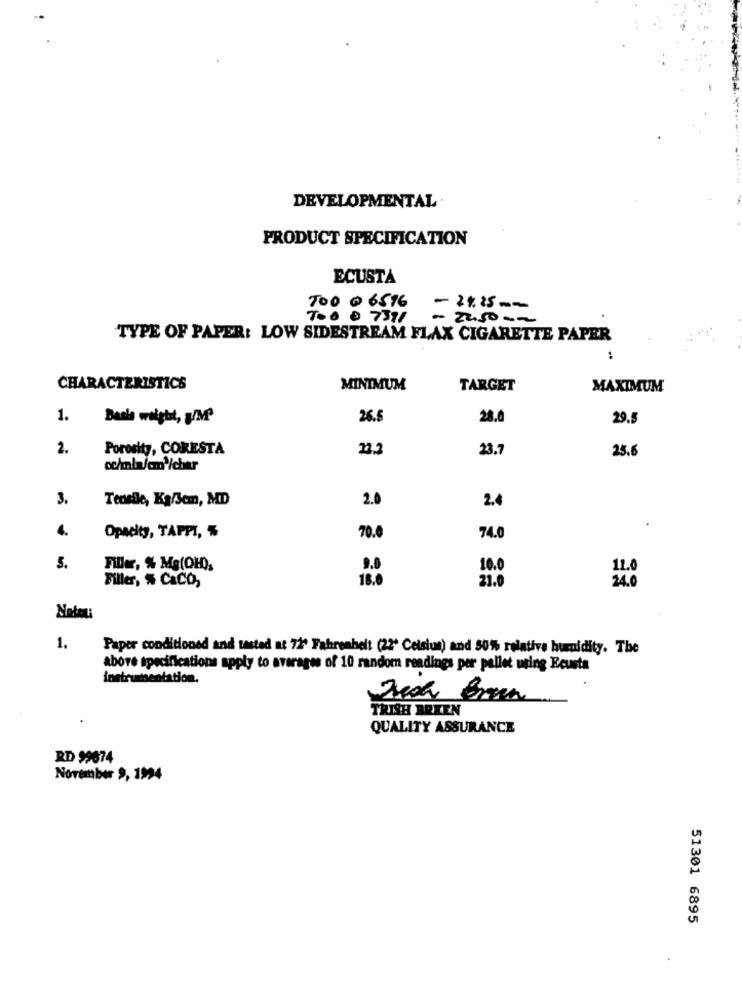
DEVELOPMENTAL
PRODUCT SPECIFICATION
ECUSTA
700 @ 6516
- 2225 --
700 0 7371
- 22.50 --
TYPE OF PAPER: LOW SIDESTREAM FLAX CIGARETTE PAPER
CHARACTERISTICS
MINIMUM
TARGET
MAXIMUM
1.
Basla weight, y/MP
26.5
28.0
29.5
2.
Porosity, CORESTA
22.2
23.7
25.6
oc/mla/cm'/char
3.
Tensile, Ka/Sem, MD
2.0
2.4
4.
Opacity, TAPPI, $
70.0
74.0
5.
Filler, % Mg(OH).
10.0
11.0
Filler, % CaCO,
18.0
21.0
24.0
1.
Paper conditioned and tasted at 72º Fahrenheit (22º Celsius) and 50% relative humidity. The
above specifications apply to averages of 10 random readings per pallet using Eeusta
instrumentation.
TRISH BRIEN
QUALITY ASSURANCE
RD 99674
November 9, 1994
51301 6895